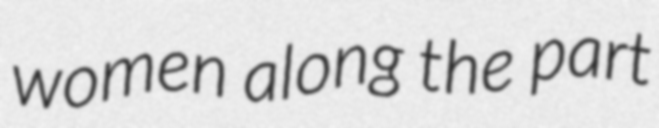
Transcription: women along the part